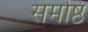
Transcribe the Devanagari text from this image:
समष्ठि